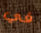
في